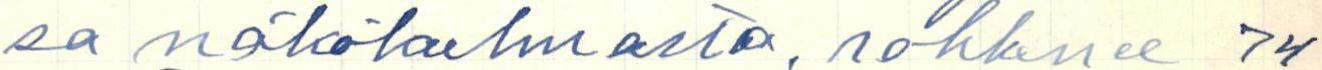
sa näkökulmasta, rohkenee 74